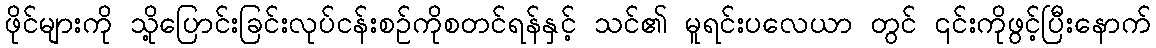
ဖိုင်များကို သို့ပြောင်းခြင်းလုပ်ငန်းစဉ်ကိုစတင်ရန်နှင့် သင်၏ မူရင်းပလေယာ တွင် ၎င်းကိုဖွင့်ပြီးနောက်